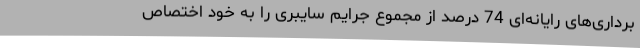
برداری‌های رایانه‌ای 74 درصد از مجموع جرایم سایبری را به خود اختصاص